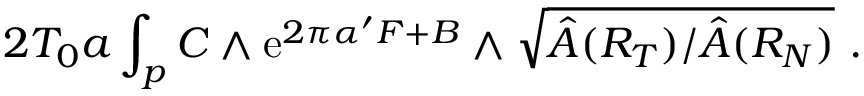
2 T _ { 0 } a \int _ { p } C \wedge \mathrm { e } ^ { 2 \pi \alpha ^ { \prime } F + B } \wedge \sqrt { \hat { A } ( R _ { T } ) / \hat { A } ( R _ { N } ) } ~ .